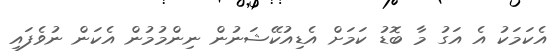
އެކަމަކު އެ އަގު މާ ބޮޑު ކަމަށް އެޑިއުކޭޝަނުން ނިންމުމުން އެކަން ނުވެފައި